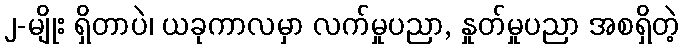
၂-မျိုး ရှိတာပဲ၊ ယခုကာလမှာ လက်မှုပညာ, နှုတ်မှုပညာ အစရှိတဲ့